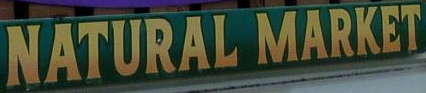
NATURAL MARKET